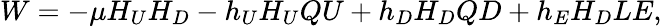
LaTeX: W=-\mu H_{U}H_{D}-h_{U}H_{U}QU+h_{D}H_{D}QD+h_{E}H_{D}LE,